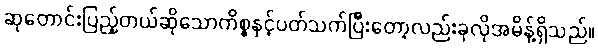
ဆုတောင်းပြည့်တယ်ဆိုသောကိစ္စနှင့်ပတ်သက်ပြီးတော့လည်းခုလိုအမိန့်ရှိသည်။